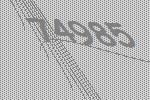
74985